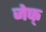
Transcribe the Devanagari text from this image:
जेफ्